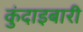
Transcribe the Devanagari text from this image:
कुंदाइबारी